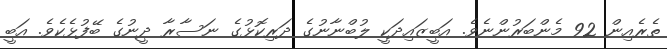
ތެރެއިން 92 މެންބަރުންނެވެ. އަބީޒައިދަކީ ލުބްނާނުގެ ދަރިކޮޅުގެ ނަސާރާ ދީނުގެ ބޭފުޅެކެވެ. އަބީ